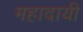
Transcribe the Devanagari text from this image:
महादायी